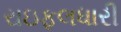
રાઇફલધારી